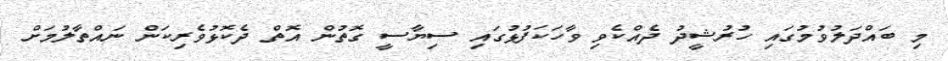
މި ބައްދަލުވުމުގައި ހުރުޝީދު ދެއްކެވި ވާހަކަފުޅުގައި ސިޔާސީ ގޮތުން އޮތް ދެކޮޅުވެރިކަން ނައްތާލުމަށް